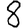
Digit: 8